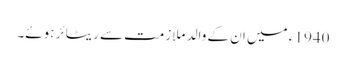
1940 ء میں ان کے والد ملازمت سے ریٹائر ہوئے۔